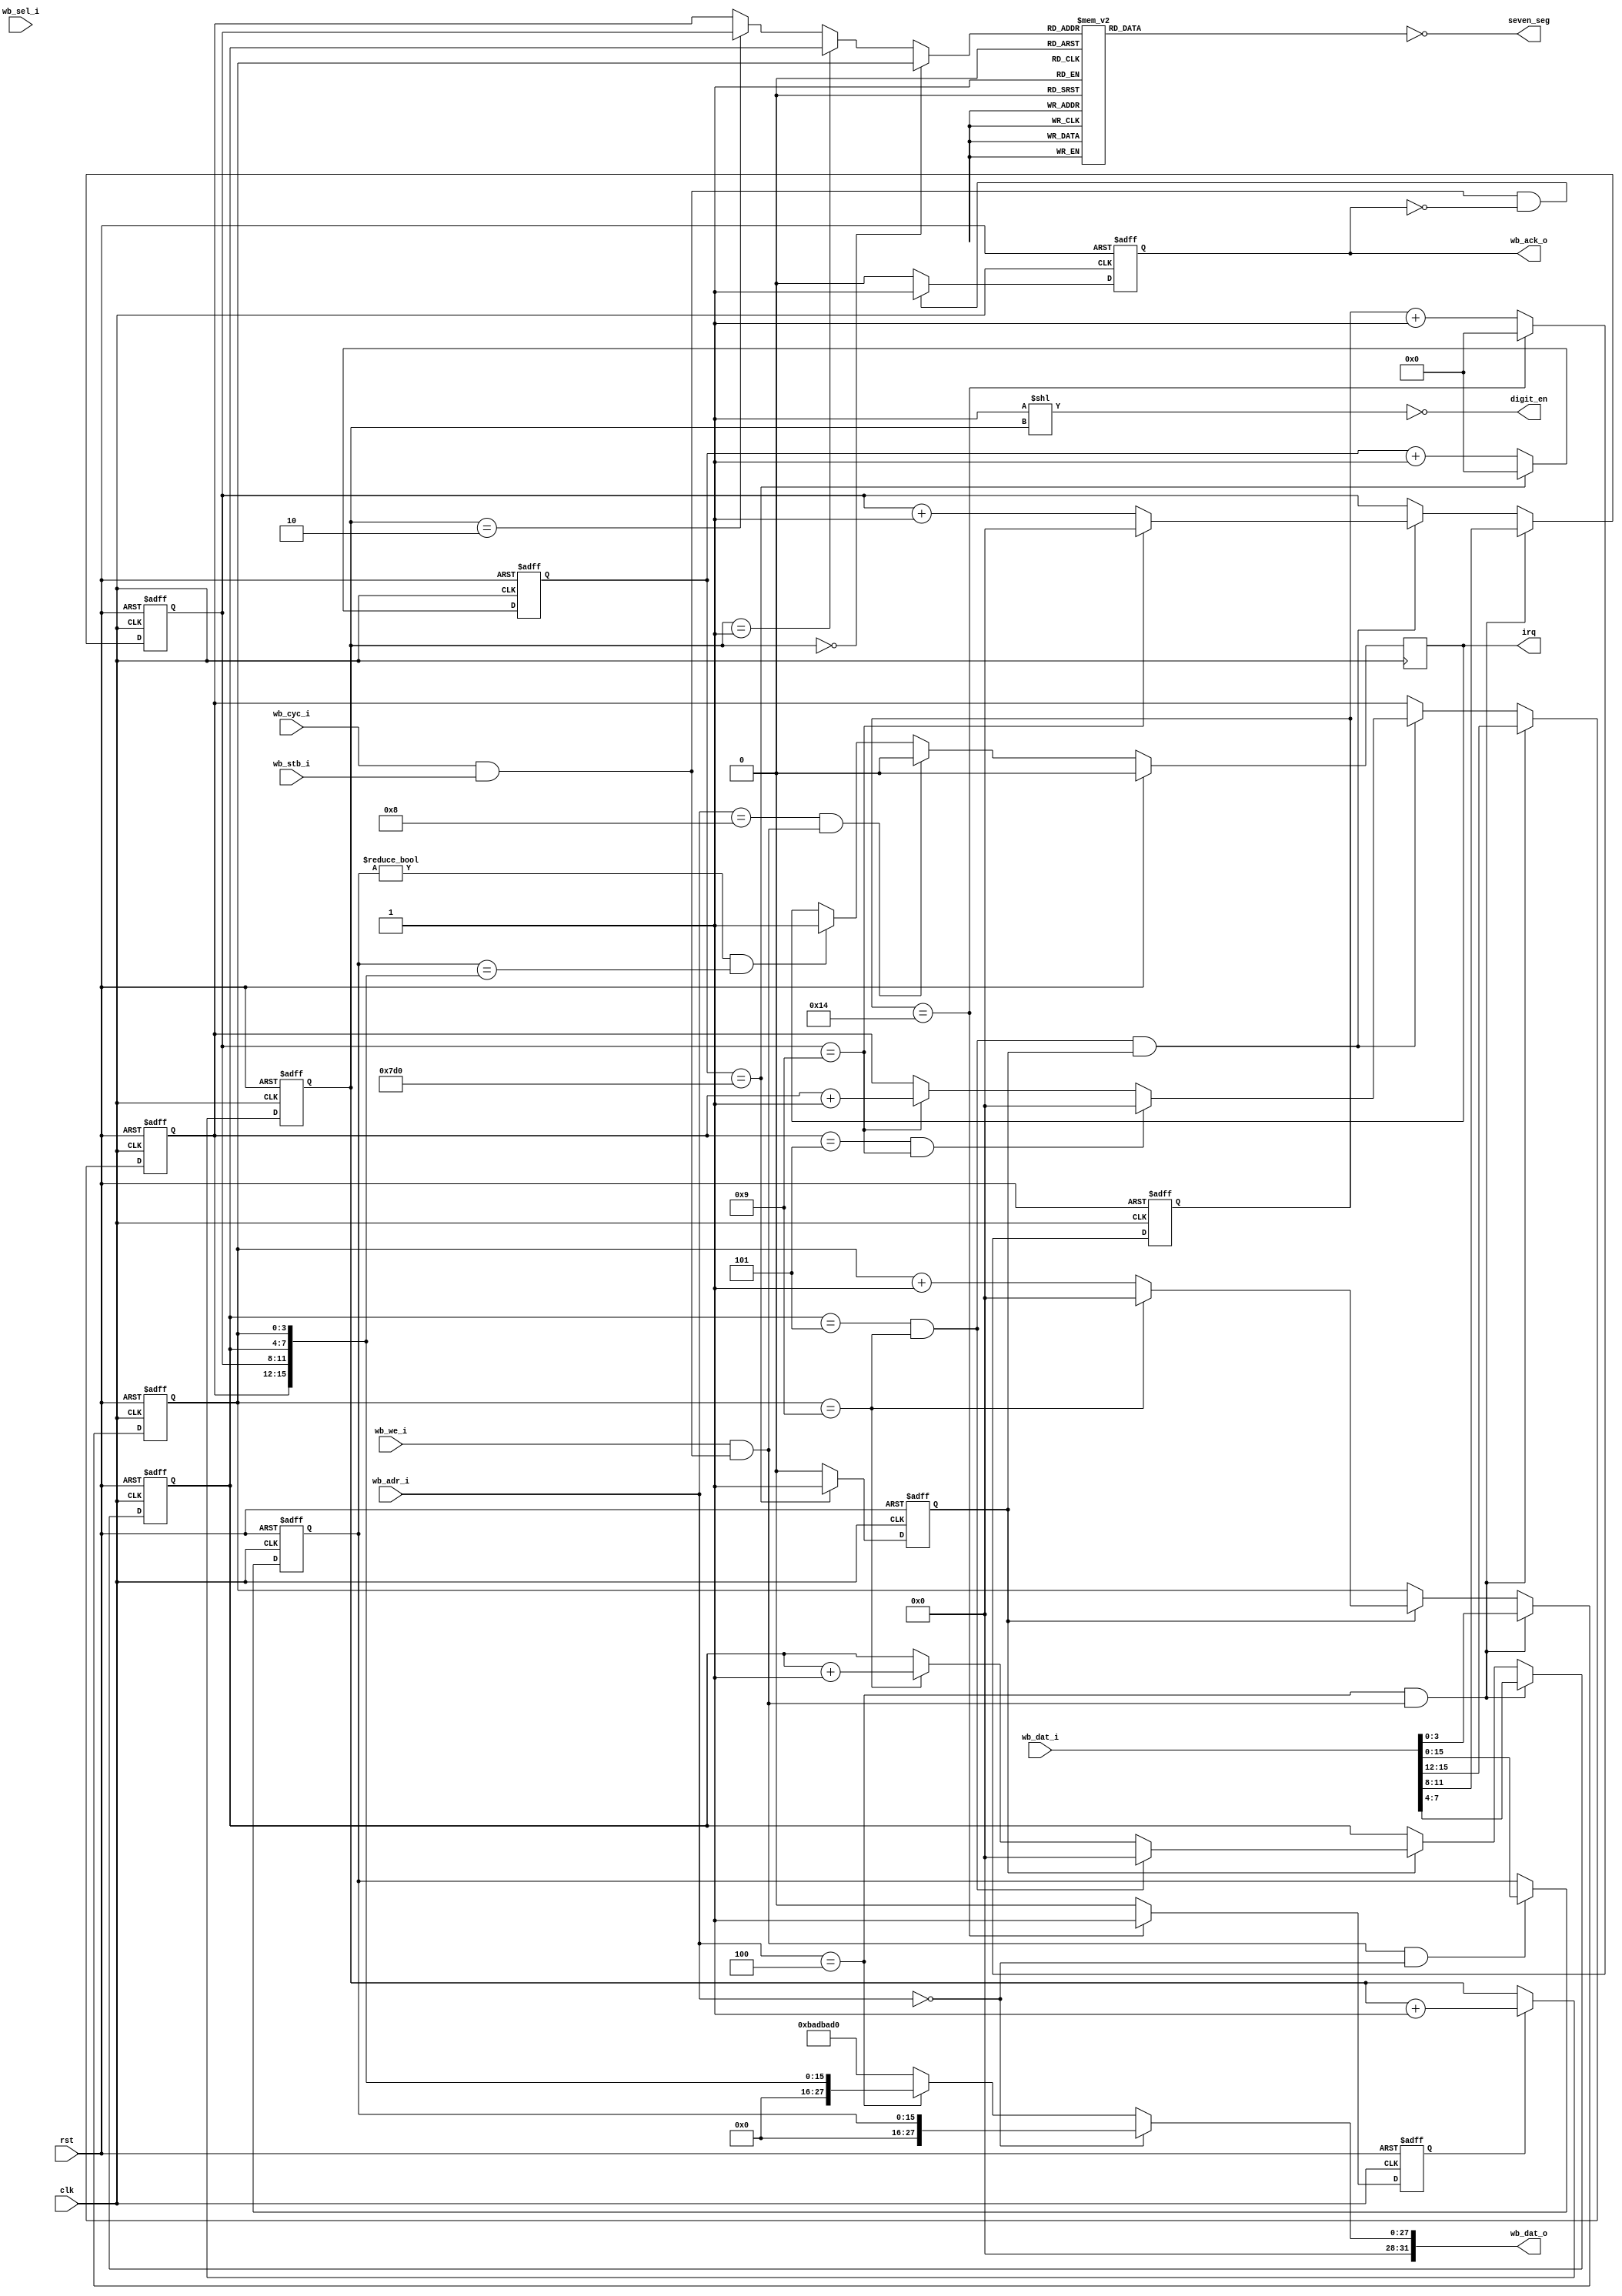
/*
    A simple user's project example - Part 2
     - Minutes and Seconds clock. The design drives 4 multiplexed 7-Segment display digits.
     - It uses Caravel system clock and reset and 11 I/O pads. 
     - The 11 I/O pads are divided between 4 digit enables and 7 segment drivers.
     - The WB bus is used to set the ALARM and to adjust the time
     - The clock interrupts the management SoC when the time matches the set alarm
    
    WB Registers:
    Register        Offset      Mode    Description  
    ALARM_REG_OFF   0           RW      16-bit Alarm register; 4 BCD digits for the seconds and the minutes
    TIME_REG_OFF    4           RW      16-bit Timer register; 4 BCD digits for the seconds and the minutes
    IRQCLR_REG_OFF  8           W       Writing to this register clears the IRQ
    
    RTL Parameters:
     - Common Anode (CC=0) or Common Cathode (CC=1) multiplexed display
     - Different clock frequencies (FREQ in Hertz)
     - Different scans by sec (SCAN_PER_SEC)

*/
`timescale          1ns/1ns
`default_nettype    none

`define     WB_REG(name, init_value)    always @(posedge clk_i or posedge rst_i) if(rst_i) name <= init_value; else if(wb_we & (adr_i[15:0]==``name``_ADDR)) name <= dat_i;

module Clock_part2 #(parameter  CC = 1,
                                FREQ = 2_000,
                                SCAN_PER_SEC = 25,
                                WB_ADDR_WIDTH = 4
                                ) 
(
    // Clock and Reset
    input   wire                        clk,
    input   wire                        rst,
    // I/O pads interface
    output  wire [7:0]                  seven_seg,
    output  wire [3:0]                  digit_en,
    // Wishbone Bus Interface
    input   wire [WB_ADDR_WIDTH-1:0]    wb_adr_i,
    input   wire [31:0]                 wb_dat_i,
    output  wire [31:0]                 wb_dat_o,
    input   wire [3:0]                  wb_sel_i,
    input   wire                        wb_cyc_i,
    input   wire                        wb_stb_i,
    output  reg                         wb_ack_o,
    input   wire                        wb_we_i,
    // IRQ
    output  reg                         irq
);
    localparam DIG_DURATION = (FREQ)/(4 * SCAN_PER_SEC);
    localparam [WB_ADDR_WIDTH-1:0] ALARM_REG_OFF    = 'h0;
    localparam [WB_ADDR_WIDTH-1:0] TIME_REG_OFF     = 'h4;
    localparam [WB_ADDR_WIDTH-1:0] IRQCLR_REG_OFF   = 'h8;
    
    // WB Control Signals
    wire        wb_valid            =   wb_cyc_i & wb_stb_i;
    wire        wb_we               =   wb_we_i & wb_valid;
    wire        wb_re               =   ~wb_we_i & wb_valid;
    wire[3:0]   wb_byte_sel         =   wb_sel_i & {4{wb_we}};
    wire        wb_time_reg_sel     =   (wb_adr_i == TIME_REG_OFF);  
    wire        wb_alarm_reg_sel    =   (wb_adr_i == ALARM_REG_OFF);  
    wire        wb_irqclr_reg_sel   =   (wb_adr_i == IRQCLR_REG_OFF);  
     

    always @ (posedge clk or posedge rst)
        if(rst)
            wb_ack_o <= 1'b0;
        else 
            if(wb_valid & ~wb_ack_o)
                wb_ack_o <= 1'b1;
            else
                wb_ack_o <= 1'b0;

    // The Alaram Register
    reg [15:0] alarm_reg;
    always @(posedge clk or posedge rst) 
        if(rst) 
            alarm_reg <= 16'h0; 
        else if(wb_we & (wb_alarm_reg_sel)) 
            alarm_reg <= wb_dat_i[15:0];
            
    // the counter
    reg [3:0]   sec_ones, sec_tens;
    reg [3:0]   min_ones, min_tens;
    wire        nine_sec        = (sec_ones == 4'd9);
    wire        fifty_nine_sec  = (sec_tens == 4'd5) & nine_sec;
    wire        nine_min        = (min_ones == 4'd9);
    wire        fifty_nine_min  = (min_tens == 4'd5) & nine_min;

    // The Time Register
    wire [15:0] time_reg = {min_tens, min_ones, sec_tens, sec_ones};

    // The IRQ
    always @(posedge clk)
        if(rst) irq <= 0;
        else if(wb_irqclr_reg_sel & wb_we)
            irq <= 0;
        else if((alarm_reg != 16'h0) && (alarm_reg == time_reg))
            irq <= 1;
    
    // WB Registers Read
    assign  wb_dat_o =  (wb_alarm_reg_sel)  ? {16'h0, alarm_reg}:
                        (wb_time_reg_sel)   ? {16'h0, time_reg} :
                        32'h0BADBAD0;

    
    
    // Time Base Generators
    reg         sec;
    reg         scan;

    reg [31:0]  sec_div;
    reg [31:0]  scan_div;
    
    always @(posedge clk or posedge rst) begin
        if(rst)
            sec_div <= 32'b0;
        else if(sec_div == FREQ)
            sec_div <= 32'b0;
        else
            sec_div <= sec_div + 32'b1;
    end

    always @(posedge clk or posedge rst) begin
        if(rst)
            scan_div <= 32'b0;
        else if(scan_div == DIG_DURATION)
            scan_div <= 32'b0;
        else
            scan_div <= scan_div + 32'b1;
    end

    always @(posedge clk or posedge rst) begin
        if(rst)
            sec <= 1'b0;
        else if(sec_div == FREQ)
            sec <= 1'b1;
        else 
            sec <= 1'b0;
    end

    always @(posedge clk or posedge rst) begin
        if(rst)
            scan <= 1'b0;
        else if(scan_div == DIG_DURATION)
            scan <= 1'b1;
        else 
            scan <= 1'b0;
    end


    // Seconds Counters
    always @(posedge clk or posedge rst)
        if(rst) 
            sec_ones <=  4'b0;
        else if(wb_time_reg_sel & wb_we)
            sec_ones <= wb_dat_i[3:0];
        else if(sec) begin
            if(!nine_sec) 
                sec_ones <= sec_ones + 4'd1;
            else 
                sec_ones <= 0;
        end

    always @(posedge clk or posedge rst)
        if(rst) 
            sec_tens <=  4'b0;
        else if(wb_time_reg_sel & wb_we)
            sec_tens <= wb_dat_i[7:4];
        else if(sec) begin 
            if(fifty_nine_sec) 
                sec_tens <= 0;
            else if(nine_sec) 
                sec_tens <= sec_tens + 4'd1;
        end

    // Minutes Counters
    always @(posedge clk or posedge rst)
        if(rst) 
            min_ones <=  4'b0;
        else if(wb_time_reg_sel & wb_we)
            min_ones <= wb_dat_i[11:8];
        else if(fifty_nine_sec & sec) begin
            if(!nine_min)
                min_ones <= min_ones + 4'd1;
            else
                min_ones <= 0;
        end

    always @(posedge clk or posedge rst)
        if(rst) 
            min_tens <=  4'b0;
        else if(wb_time_reg_sel & wb_we)
            min_tens <= wb_dat_i[15:12];
        else if(fifty_nine_sec & sec) begin
            if(fifty_nine_min) 
                min_tens <= 0;
            else if(nine_min) 
                min_tens <= min_tens + 4'd1;
        end
    
    
        // Display TDM
        reg [1:0] dig_cnt;
        always @(posedge clk or posedge rst) begin
            if(rst)
                dig_cnt <= 2'b0;
            else
                if(scan) dig_cnt <= dig_cnt + 1'b1;
        end

        wire [3:0]  bcd_mux =   (dig_cnt == 2'b00) ? sec_ones :
                                (dig_cnt == 2'b01) ? sec_tens :
                                (dig_cnt == 2'b10) ? min_ones : min_tens;

        // BCD to 7SEG Decoder
        reg [7:0]   ca_7seg;
        wire[7:0]   cc_7seg = ~ ca_7seg;
        always @* begin
            ca_7seg = 7'b0000000;
            case(bcd_mux)
                4'd0 : ca_7seg = 7'b0000001;
                4'd1 : ca_7seg = 7'b1001111;
                4'd2 : ca_7seg = 7'b0010010;
                4'd3 : ca_7seg = 7'b0000110;
                4'd4 : ca_7seg = 7'b1001100;
                4'd5 : ca_7seg = 7'b0100100;
                4'd6 : ca_7seg = 7'b0100000;
                4'd7 : ca_7seg = 7'b0001111;
                4'd8 : ca_7seg = 7'b0000000;
                4'd9 : ca_7seg = 7'b0000100;
            endcase
        end

        generate
            if(CC==0) begin
                assign seven_seg    =   ca_7seg;
                assign digit_en     =   (4'b1 << dig_cnt);
            end else begin
                assign seven_seg    =   cc_7seg;
                assign digit_en     =   ~(4'b1 << dig_cnt);
            end
        endgenerate

endmodule